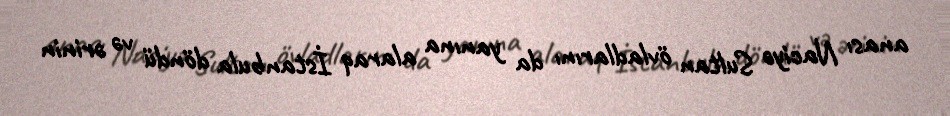
anası Naciyə Sultan övladlarını da yanına alaraq İstanbula döndü və ərinin